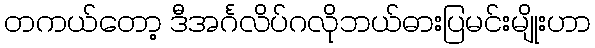
တကယ်တော့ ဒီအင်္ဂလိပ်ဂလိုဘယ်ဓားပြမင်းမျိုးဟာ